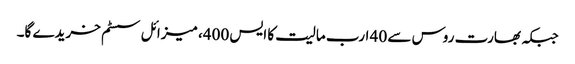
جبکہ بھارت روس سے 40 ارب مالیت کا ایس 400، میزائل سسٹم خریدے گا۔